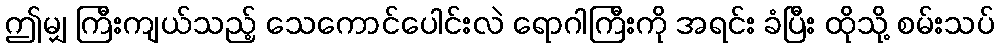
ဤမျှ ကြီးကျယ်သည့် သေကောင်ပေါင်းလဲ ရောဂါကြီးကို အရင်း ခံပြီး ထိုသို့ စမ်းသပ်